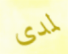
لمدى